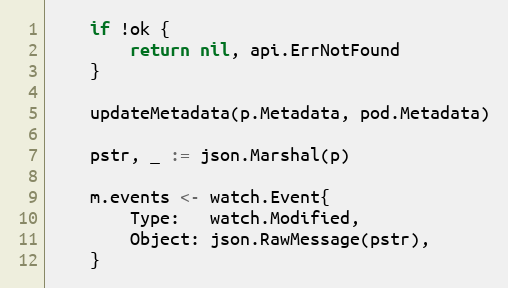
Language: Go
	if !ok {
		return nil, api.ErrNotFound
	}

	updateMetadata(p.Metadata, pod.Metadata)

	pstr, _ := json.Marshal(p)

	m.events <- watch.Event{
		Type:   watch.Modified,
		Object: json.RawMessage(pstr),
	}